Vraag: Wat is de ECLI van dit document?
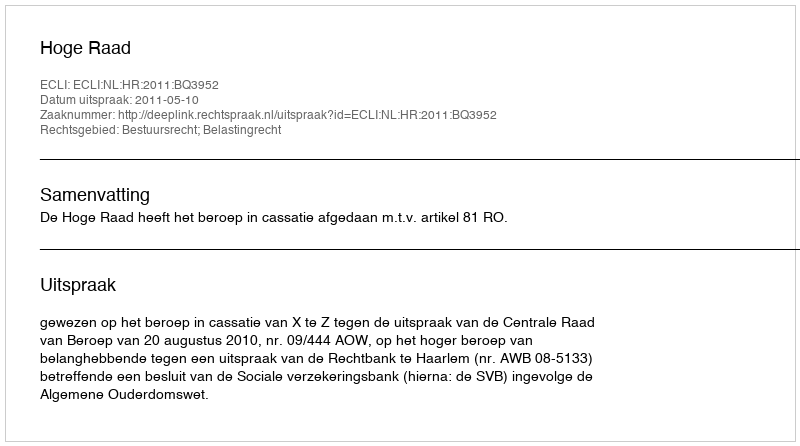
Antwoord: ECLI:NL:HR:2011:BQ3952